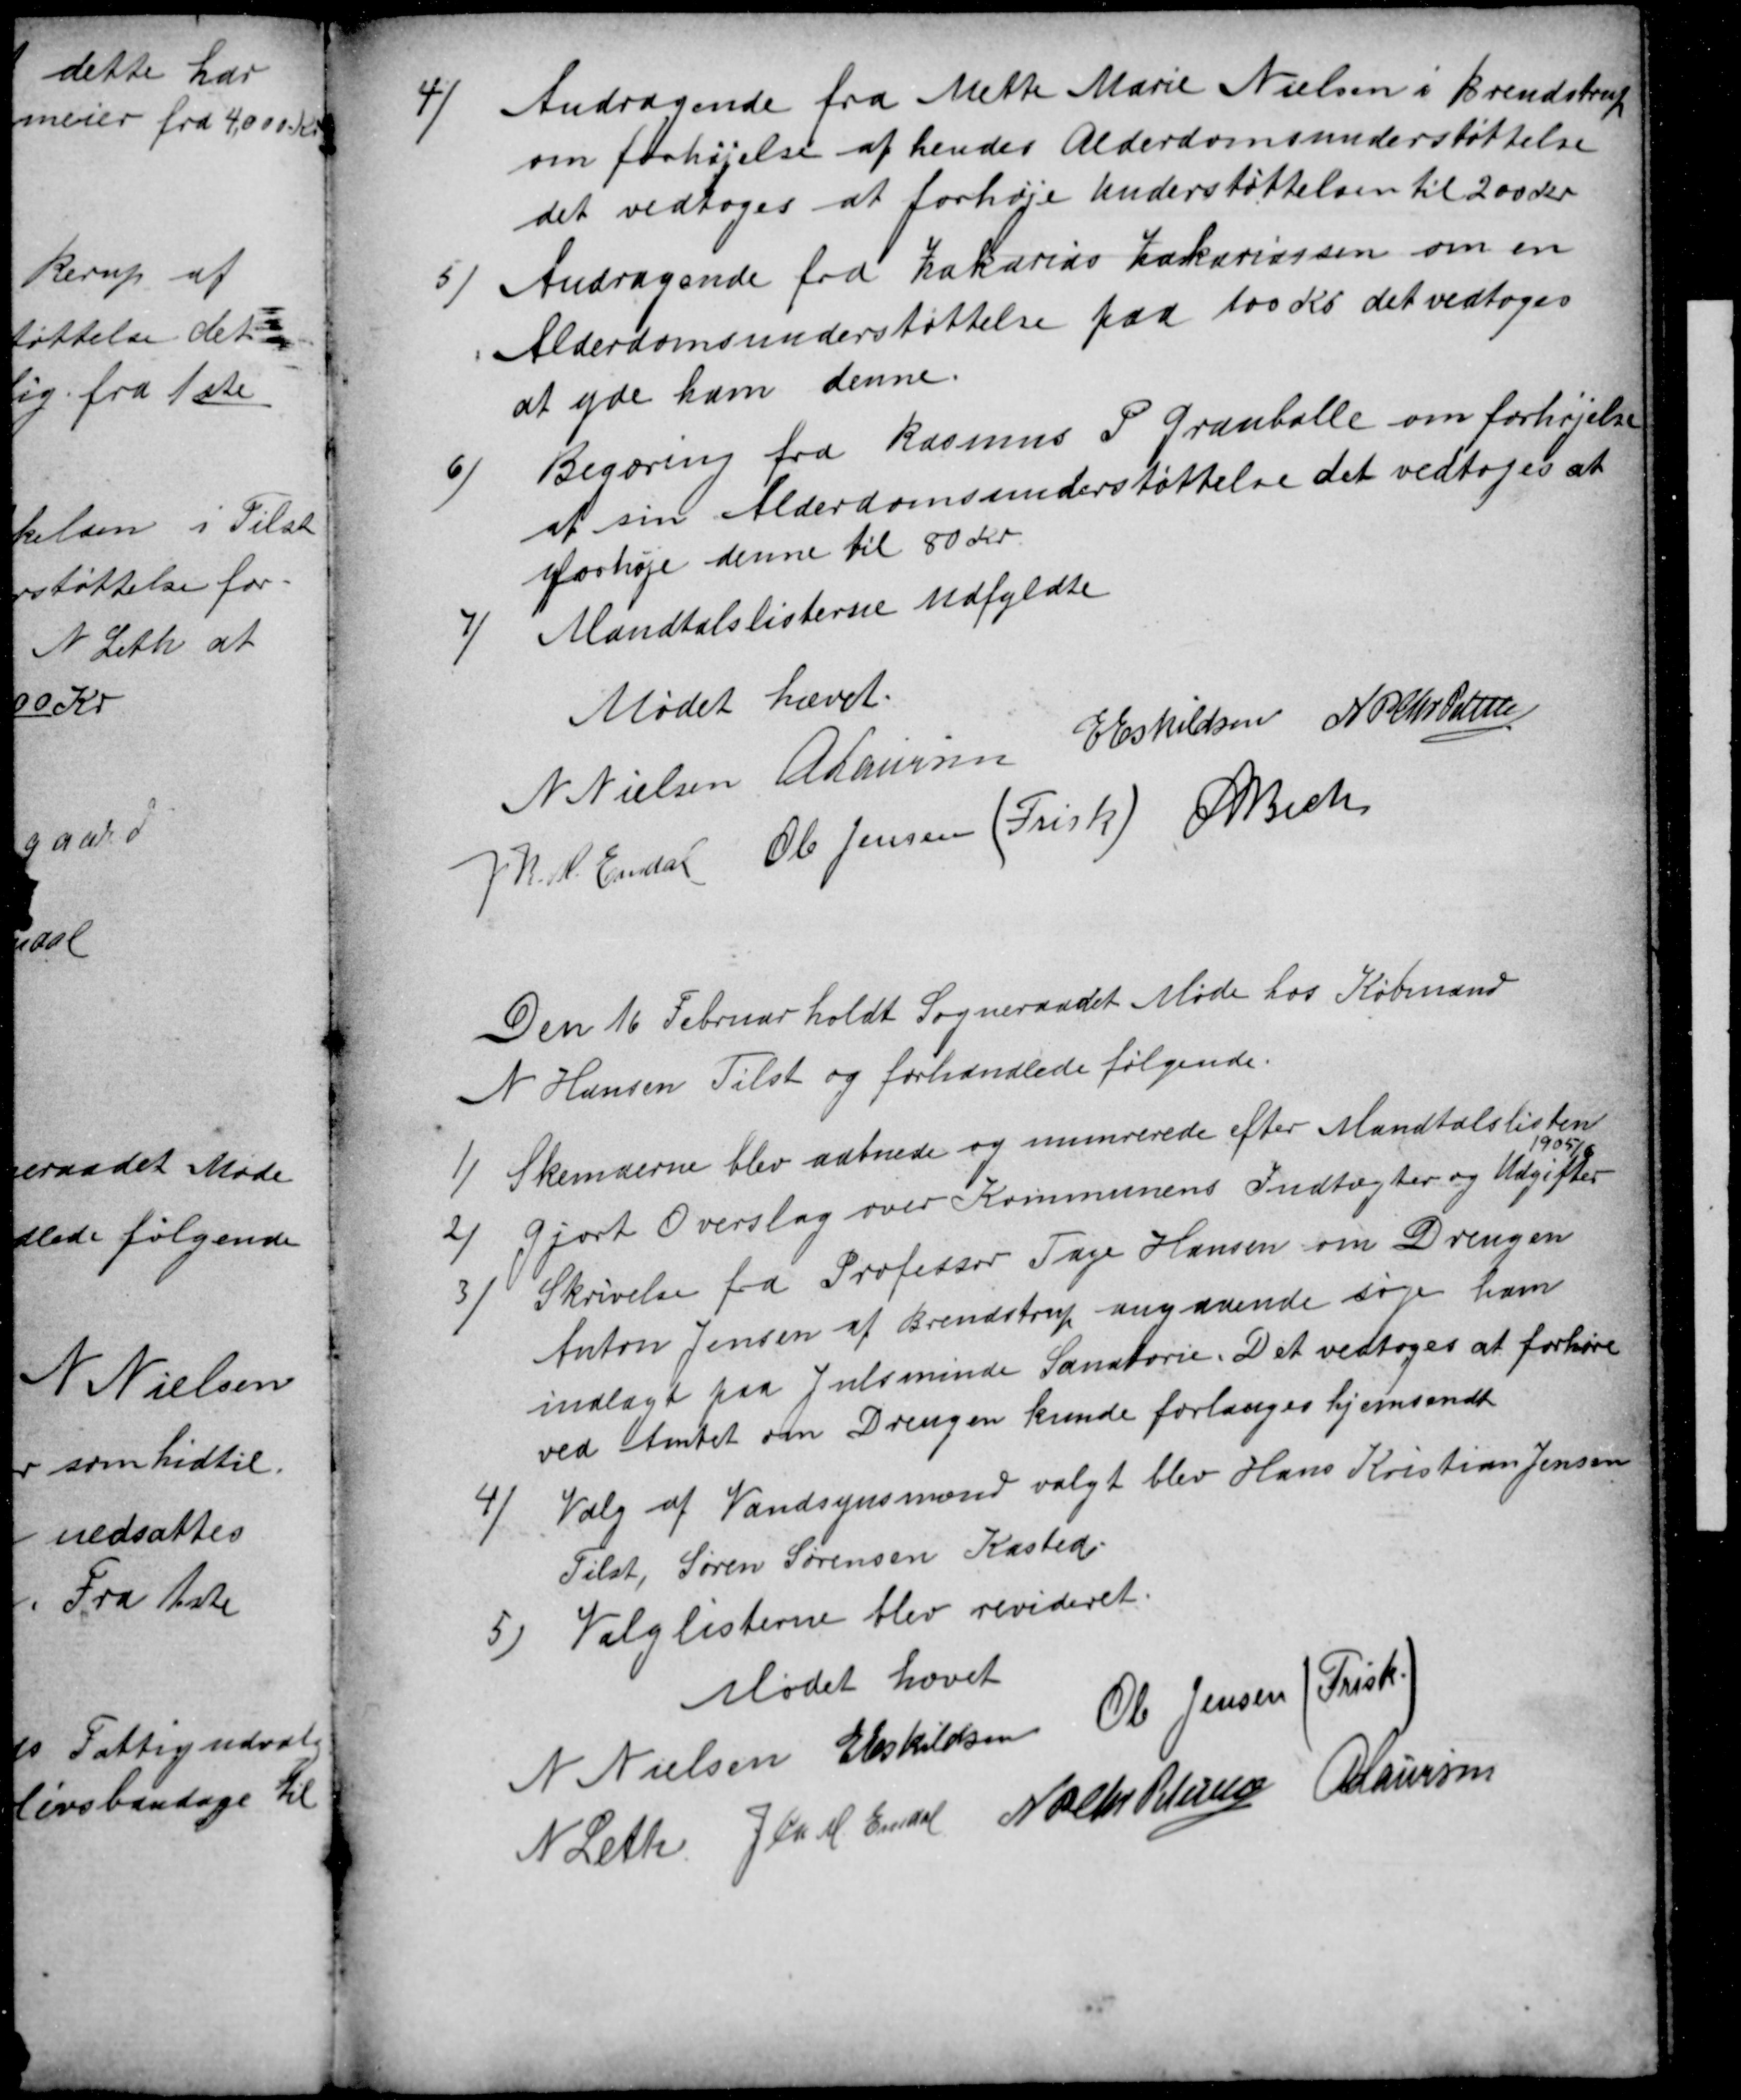
Transskription:
4)
Andragende fra Mette Marie Nielsen i Brendstrup
om forhøjelse af hendes Alderdomsunderstøttelse
det vedtoges at forhøje Understøttelsen til 200 Kr
5
Andragende fra Zakarias Zakariassen om en
Alderdomsunderstøttelse paa 100 Kr det vedtoges
at yde ham denne.
6)
Begæring fra Rasmus P. Grauballe om forhøjelse
af sin Alderdomsunderstøttelse det vedtoges at
forhøje denne til 80 Kr
7
Mandtalslisterne udfyldte
Mødet hævet.
N Nielsen A Laursen E Eskildsen N P Chr Petersen
J K. M. Eldal Ole Jensen (Frisk) A Bech
Den 16 Februar holdt Sogneraadet Møde hos Købmand
N Hansen Tilst og forhandlede følgende.
1/
Skemaerne blev aabnede og numrerede efter Mandtalslisten
2/
gjort Overslag over Kommunens Indtægter og Udgifter
1905/6
3)
Skrivelse fra Professor Tage Hansen om Drengen
Anton Jensen af Brendstrup angaaende søge ham
indlagt paa Julsminde Sanatorie. Det vedtoges at forhøre
ved Amtet om Drengen kunde forlanges hjemsendt
4/
Valg af Vandsynsmænd valgt blev Hans Kristian Jensen
Tilst, Søren Sørensen Kasted.
5
Valglisterne blev revideret.
Mødet hævet
N Nielsen E Eskildsen Ole Jensen ( Frisk)
N Leth J Chr M. Emdal  N P Chr Petersen A Laursen